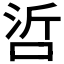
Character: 𠲻